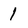
Character: 1